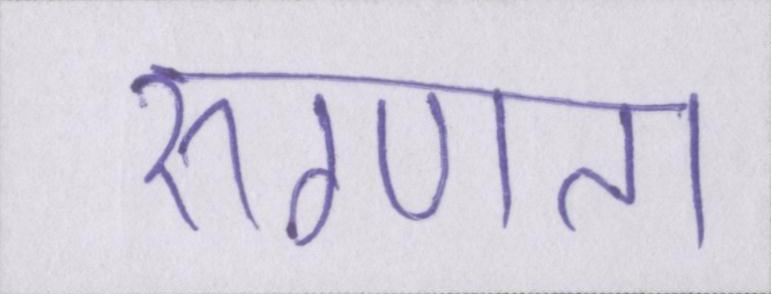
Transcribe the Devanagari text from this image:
रुग्णता